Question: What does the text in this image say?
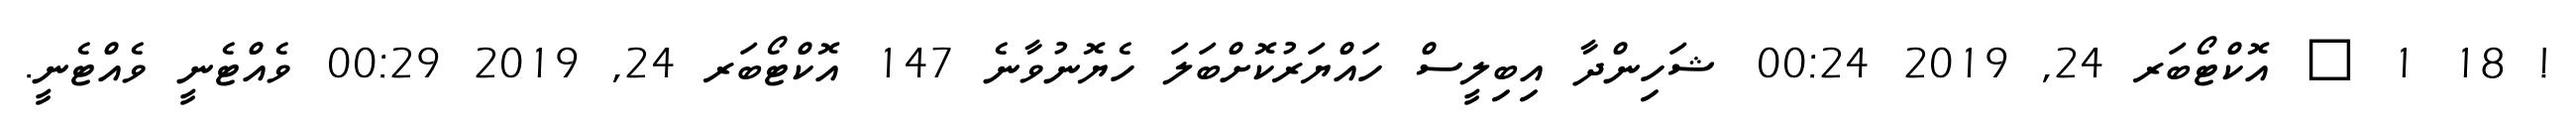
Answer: ! 18 1 ? އޮކްޓޯބަރ 24, 2019 00:24 ޝަހިންދާ އިބިލީސް ހައްޔަރުކޮށްބަލަ ހެޔޮނުވާނެ 147 އޮކްޓޯބަރ 24, 2019 00:29 ވެއްޓެނީ ވެއްޓެނީ.